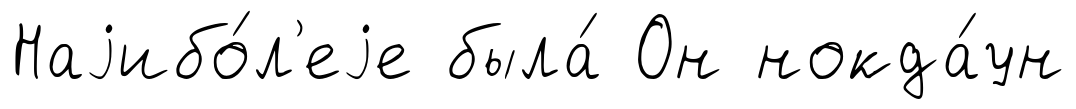
Наjибо́л'еjе была́ Он нокда́ун